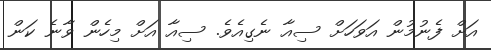
އަށް ފެނުމުން އަވަހަށް ސިއާ ނެގިއެވެ. ސިއާ އަށް މިހެން ވާނެ ކަން